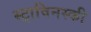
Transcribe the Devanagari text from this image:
स्ट्राविनस्की